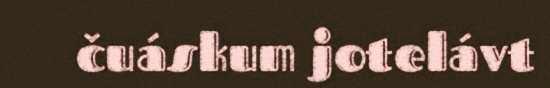
čuáskum jotelávt